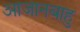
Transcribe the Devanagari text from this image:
आजानबाहु